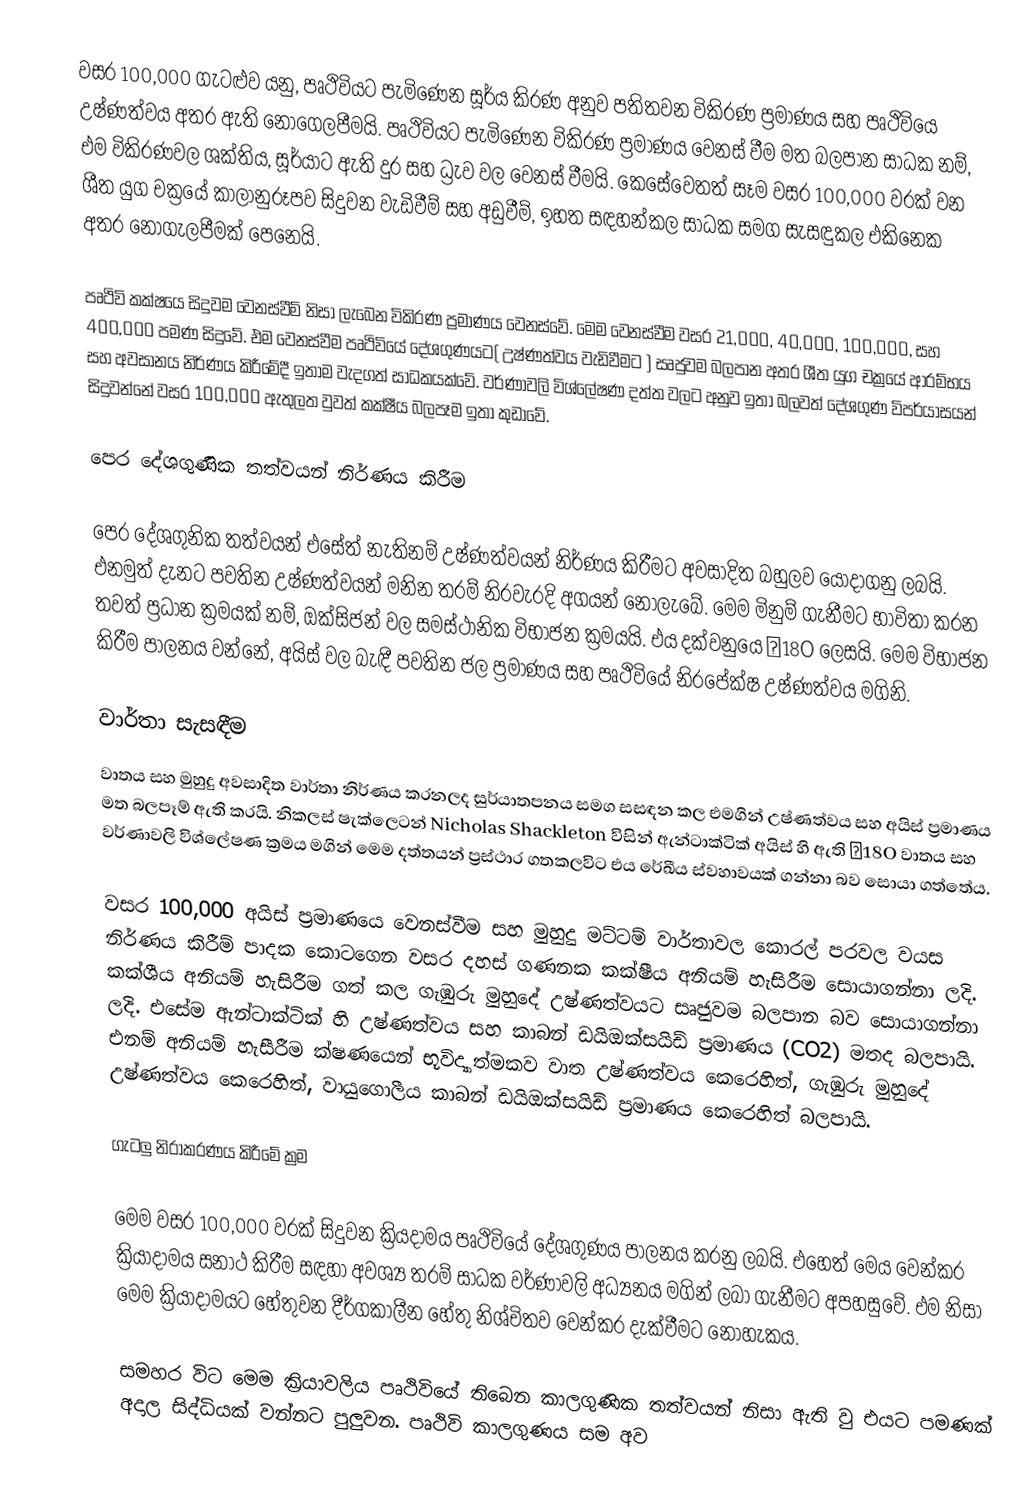
වසර 100,000 ගැටළුව යනු, පෘථිවියට පැමිණෙන සූර්ය කිරණ අනුව පතිතවන විකිරණ ප්‍රමාණය සහ පෘථිවියෙ උෂ්ණත්වය අතර ඇති නොගෙලපීමයි. පෘථිවියට පැමිණෙන විකිරණ ප්‍රමාණය වෙනස් වීම මත බලපාන සාධක නම්, එම විකිරණවල ශක්තිය, සූර්යාට ඇති දුර සහ ධ්‍රැව වල වෙනස් වීමයි. කෙසේවෙතත් සෑම වසර 100,000 වරක් වන ශීත යුග චක්‍රයේ කාලානුරූපව සිදුවන වැඩිවීම් සහ අඩුවීම්, ඉහත සඳහන්කල සාධක සමග සැසඳුකල එකිනෙක අතර නොගැලපීමක් පෙනෙයි.

පෘථිවි කක්ෂයෙ සිදුවම වෙනස්වීම් නිසා ලැබෙන විකිරණ ප්‍රමාණය වෙනස්වේ. මෙම වෙනස්වීම වසර 21,000, 40,000, 100,000, සහ 400,000 පමණ සිදුවේ. එම වෙනස්වීම පෘථිවියේ දේශගුණයට( උෂ්ණත්වය වැඩිවීමට ) සෘජුවම බලපාන අතර ශීත යුග චක්‍රයේ ආරම්භය සහ අවසානය නිර්ණය කිරීමේදී ඉතාම වැදගත් සාධකයක්වේ. වර්ණාවලි විශ්ලේෂණ දත්ත වලට අනුව ඉතා බලවත් දේශගුණ විපර්යාසයන් සිදුවන්නේ වසර 100,000 ඇතුලත වුවත් කක්ෂීය බලපෑම ඉතා කුඩාවේ.

පෙර දේශගුණික තත්වයන් නිර්ණය කිරීම

පෙර දේශගුනික තත්වයන් එසේත් නැතිනම් උෂ්ණත්වයන් නිර්ණය කිරීමට අවසාදිත බහුලව යොදාගනු ලබයි. එනමුත් දැනට පවතින උෂ්ණත්වයන් මනින තරම් නිරවැරදි අගයන් නොලැබේ. මෙම මිනුම් ගැනීමට භාවිතා කරන තවත් ප්‍රධාන ක්‍රමයක් නම්, ඔක්සිජන් වල සමස්ථානික විභාජන ක්‍රමයයි. එය දක්වනුයෙ δ18O ලෙසයි. මෙම විභාජන කිරීම පාලනය වන්නේ, අයිස් වල බැඳී පවතින ජල ප්‍රමාණය සහ පෘථිවියේ නිරපේක්ෂ උෂ්ණත්වය මගිනි.

වාර්තා සැසඳීම
වාතය සහ මුහුදු අවසාදිත වාර්තා නිර්ණය කරනලද සුර්යාතපනය සමග සසඳන කල එමගින් උෂ්ණත්වය සහ අයිස් ප්‍රමාණය මත බලපෑම් ඇති කරයි. නිකලස් ෂැක්ලෙටන් Nicholas Shackleton  විසින් ඇන්ටාක්ටික් අයිස් හි ඇති δ18O වාතය සහ වර්ණාවලි විශ්ලේෂණ ක්‍රමය මගින් මෙම දත්තයන් ප්‍රස්ථාර ගතකලවිට එය රේඛීය ස්වහාවයක් ගන්නා බව සොයා ගත්තේය.

වසර 100,000 අයිස් ප්‍රමාණයෙ වෙනස්වීම සහ මුහුදු මට්ටම් වාර්තාවල කොරල් පරවල වයස නිර්ණය කිරීම් පාදක කොටගෙන වසර දහස් ගණනක කක්ෂීය අනියම් හැසිරීම සොයාගන්නා ලදි. කක්ශීය අනියම් හැසිරීම ගත් කල ගැඹුරු මුහුදේ උෂ්ණත්වයට සෘජුවම බලපාන බව සොයාගන්නා ලදි. එසේම ඇන්ටාක්ටික් හි උෂ්ණත්වය සහ කාබන් ඩයිඔක්සයිඩ් ප්‍රමාණය (CO2) මතද බලපායි. එනම් අනියම් හැසීරීම ක්ෂණයෙන් භූවිද්‍යාත්මකව වාත උෂ්ණත්වය කෙරෙහිත්, ගැඹුරු මුහුදේ උෂ්ණත්වය කෙරෙහිත්, වායුගොලීය කාබන් ඩයිඔක්සයිඩ් ප්‍රමාණය කෙරෙහිත් බලපායි.

ගැටලු නිරාකරණය කිරීමේ ක්‍රම

මෙම වසර 100,000 වරක් සිදුවන ක්‍රියදාමය පෘථිවියේ දේශගුණය පාලනය කරනු ලබයි. එහෙත් මෙය වෙන්කර ක්‍රියාදාමය සනාථ කිරීම සඳහා අවශ්‍ය තරම් සාධක වර්ණාවලි අධ්‍යනය මගින් ලබා ගැනීමට අපහසුවේ. එම නිසා මෙම ක්‍රියාදාමයට හේතුවන දීර්ගකාලීන හේතු නිශ්චිතව වෙන්කර දැක්වීමට නොහැකය.

සමහර විට මෙම ක්‍රියාවලිය පෘථිවියේ තිබෙන කාලගුණික තත්වයන් නිසා ඇති වු එයට පමණක් අදාල සිද්ධියක් වන්නට පුලුවන. පෘථිවි කාලගුණය සම අව